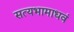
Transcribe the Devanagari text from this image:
सत्यभामाधवं